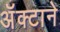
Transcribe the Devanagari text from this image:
अॅक्टाने